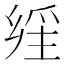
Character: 𤔕